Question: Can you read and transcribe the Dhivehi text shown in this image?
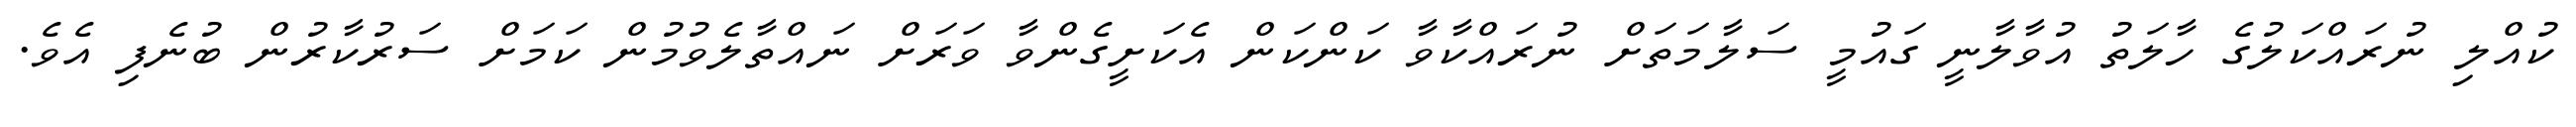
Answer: ކުއްލި ނުރައްކަލުގެ ހާލަތު އުވާލާނީ ގައުމީ ސަލާމަތަށް ނުރައްކާވާ ކަންކަން އެކަށީގެންވާ ވަރަށް ނައްތާލެވުމުން ކަމަށް ސަރުކާރުން ބުނެފި އެވެ.